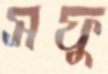
সফু